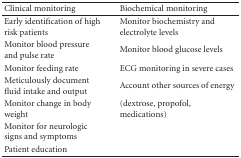
| Clinical monitoring | Biochemical monitoring |
 | --- | --- |
 | Early identification of high risk patients | Monitor biochemistry and electrolyte levels |
 | Monitor blood pressure and pulse rate | Monitor blood glucose levels |
 | Monitor feeding rate | ECG monitoring in severe cases |
 | Meticulously document fluid intake and output | Account other sources of energy |
 | Monitor change in body weight | (dextrose, propofol, medications) |
 | Monitor for neurologic signs and symptoms |  |
 | Patient education |  |